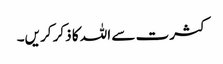
کثرت سے اللہ کا ذکر کریں۔